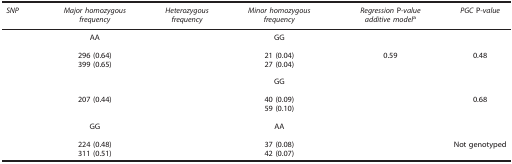
<table><thead><tr><td><b><i>SNP</i></b></td><td><b><i>Major homozygous frequency</i></b></td><td><b><i>Heterozygous frequency</i></b></td><td><b><i>Minor homozygous frequency</i></b></td><td><b><i>Regression</i> P<i>-value additive model</i>a</b></td><td><b><i>PGC</i> P<i>-value</i></b></td></tr></thead><tbody><tr><td>[EMPTY_CELL]</td><td>AA</td><td>[EMPTY_CELL]</td><td>GG</td><td>[EMPTY_CELL]</td><td>[EMPTY_CELL]</td></tr><tr><td>[EMPTY_CELL]</td><td>296 (0.64)</td><td>[EMPTY_CELL]</td><td>21 (0.04)</td><td>0.59</td><td>0.48</td></tr><tr><td>[EMPTY_CELL]</td><td>399 (0.65)</td><td>[EMPTY_CELL]</td><td>27 (0.04)</td><td>[EMPTY_CELL]</td><td>[EMPTY_CELL]</td></tr><tr><td colspan="6">[EMPTY_CELL]</td></tr><tr><td>[EMPTY_CELL]</td><td>[EMPTY_CELL]</td><td>[EMPTY_CELL]</td><td>GG</td><td>[EMPTY_CELL]</td><td>[EMPTY_CELL]</td></tr><tr><td>[EMPTY_CELL]</td><td>207 (0.44)</td><td>[EMPTY_CELL]</td><td>40 (0.09)</td><td>[EMPTY_CELL]</td><td>0.68</td></tr><tr><td>[EMPTY_CELL]</td><td>[EMPTY_CELL]</td><td>[EMPTY_CELL]</td><td>59 (0.10)</td><td>[EMPTY_CELL]</td><td>[EMPTY_CELL]</td></tr><tr><td colspan="6">[EMPTY_CELL]</td></tr><tr><td>[EMPTY_CELL]</td><td>GG</td><td>[EMPTY_CELL]</td><td>AA</td><td>[EMPTY_CELL]</td><td>[EMPTY_CELL]</td></tr><tr><td>[EMPTY_CELL]</td><td>224 (0.48)</td><td>[EMPTY_CELL]</td><td>37 (0.08)</td><td>[EMPTY_CELL]</td><td>Not genotyped</td></tr><tr><td>[EMPTY_CELL]</td><td>311 (0.51)</td><td>[EMPTY_CELL]</td><td>42 (0.07)</td><td>[EMPTY_CELL]</td><td>[EMPTY_CELL]</td></tr></tbody></table>